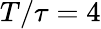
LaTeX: T/\tau=4